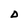
Character: D